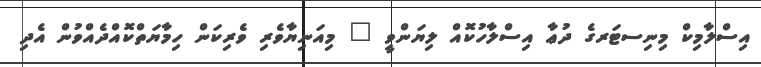
އިސްލާމިކް މިނިސޓަރގެ ދުޢާ އިސްލާހުކޮއް ލިޔަންވީ " މިއަނިޔާވެރި ވެރިކަން ހިމާޔަތްކޮއްދެއްވުން އެދި